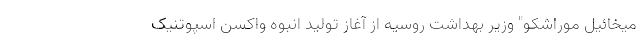
میخائیل موراشکو" وزیر بهداشت روسیه از آغاز تولید انبوه واکسن اسپوتنیک